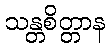
သန္တစိတ္တာန